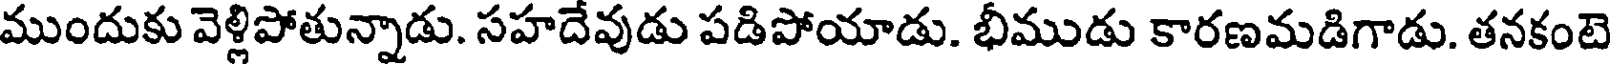
ముందుకు వెళ్లిపోతున్నాడు. సహదేవుడు పడిపోయాడు. భీముడు కారణమడిగాడు. తనకంటె